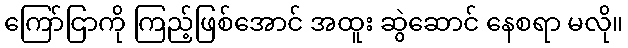
ကြော်ငြာကို ကြည့်ဖြစ်အောင် အထူး ဆွဲဆောင် နေစရာ မလို။